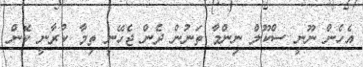
އެހެން ނޫނީ ސްކޫލް ނިންމާ ތަނުން ދެން ޖެހޭނީ ތިމާ ކުރާނީ ކޮން